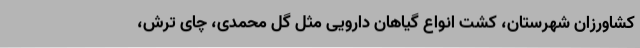
کشاورزان شهرستان، کشت انواع گیاهان دارویی مثل گل محمدی، چای ترش،